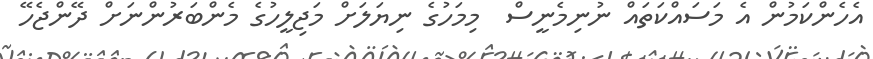
އެހެންކަމުން އެ މަސައްކަތައް ނުނިމެނީސް  މިމަހުގެ ނިޔަލަށް މަޖިލީހުގެ މެންބަރުންނަށް ދޭންޖެހޭ